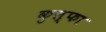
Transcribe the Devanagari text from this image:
कुल्‍फा